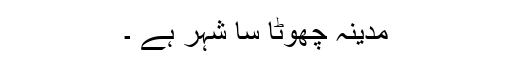
مدینہ چھوٹا سا شہر ہے ۔